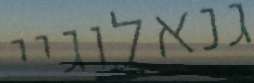
גנאלוגיי